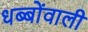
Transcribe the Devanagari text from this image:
धब्बोंवाली